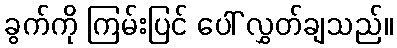
ခွက်ကို ကြမ်းပြင် ပေါ် လွှတ်ချသည်။